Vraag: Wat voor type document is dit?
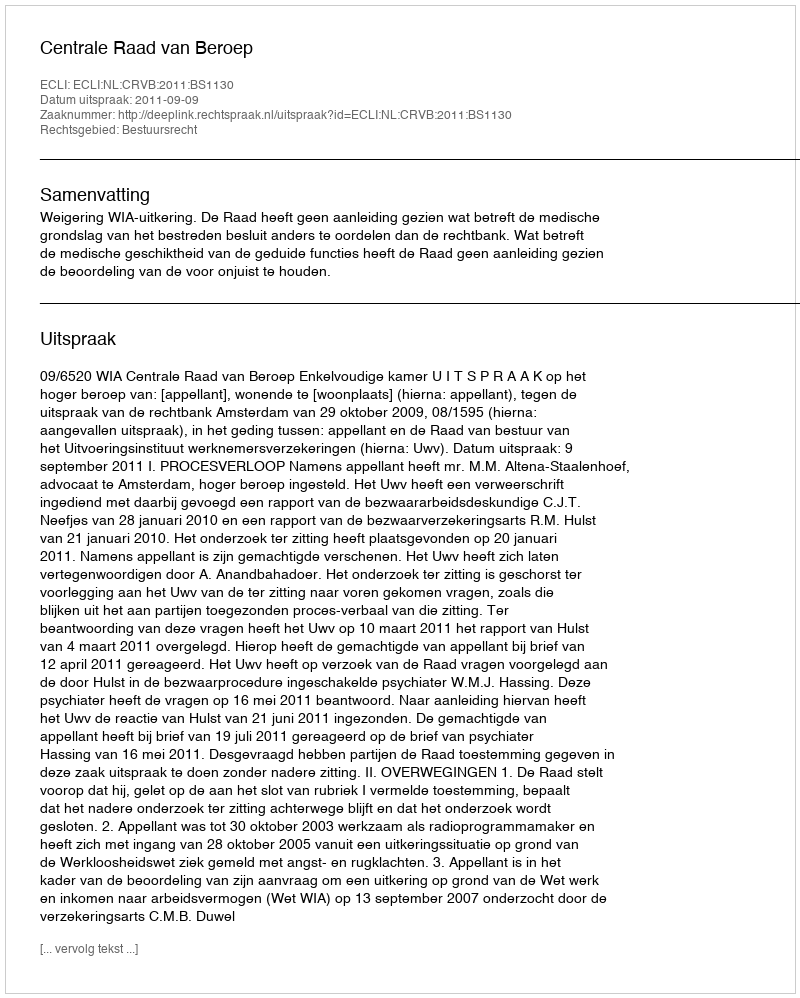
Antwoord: Uitspraak